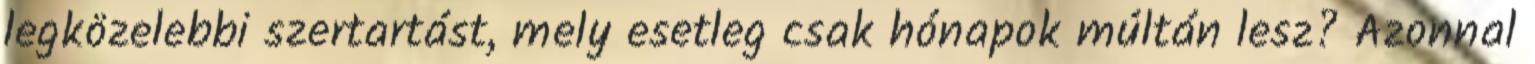
legközelebbi szertartást, mely esetleg csak hónapok múltán lesz? Azonnal